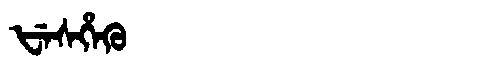
Manchu: ᡶᡝᠰᡥᡝᡴᡠ
Romanization: FESHEKU